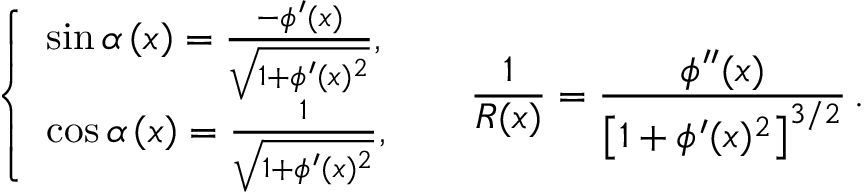
\left\{ { \begin{array} { l } { \sin \alpha \left( x \right) = \frac { - \phi ^ { \prime } ( x ) } { \sqrt { 1 + \phi ^ { \prime } ( x ) ^ { 2 } } } , } \\ { \cos \alpha \left( x \right) = \frac { 1 } { \sqrt { 1 + \phi ^ { \prime } ( x ) ^ { 2 } } } , } \end{array} } \right. \, \quad \, \frac { 1 } { R ( x ) } = \frac { \phi ^ { \prime \prime } ( x ) } { \left[ { 1 + \phi ^ { \prime } ( x ) ^ { 2 } } \right] ^ { 3 / 2 } } \, .